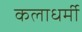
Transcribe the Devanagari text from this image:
कलाधर्मी